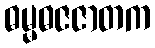
ဓမ္မဓဇဇာတက